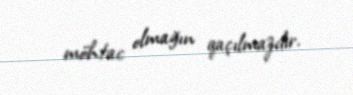
möhtac olmağın qaçılmazdır.